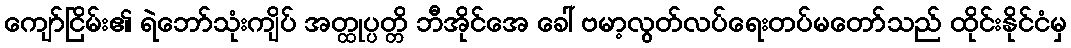
ကျော်ငြိမ်း၏ ရဲဘော်သုံးကျိပ် အတ္ထုပ္ပတ္တိ ဘီအိုင်အေ ခေါ် ဗမာ့လွတ်လပ်ရေးတပ်မတော်သည် ထိုင်းနိုင်ငံမှ